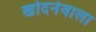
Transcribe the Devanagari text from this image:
खोदनेवाला